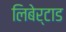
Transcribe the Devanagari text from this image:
लिबेर्टाड